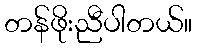
တန်ဖိုးညီပါတယ်။